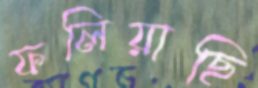
ফলিয়াছি